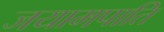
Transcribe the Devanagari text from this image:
जयामपाति